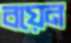
বয়েন